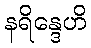
နရိန္ဒေဟိ